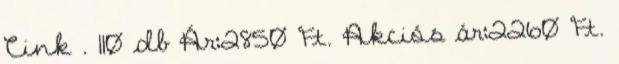
Cink . 110 db Ár:2850 Ft. Akciós ár:2260 Ft.